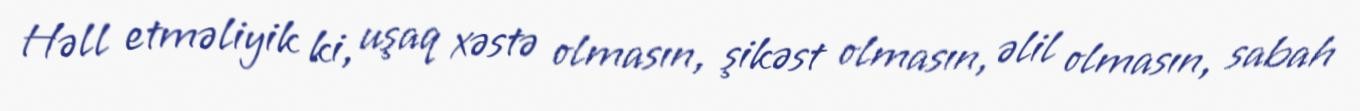
Həll etməliyik ki, uşaq xəstə olmasın, şikəst olmasın, əlil olmasın, sabah